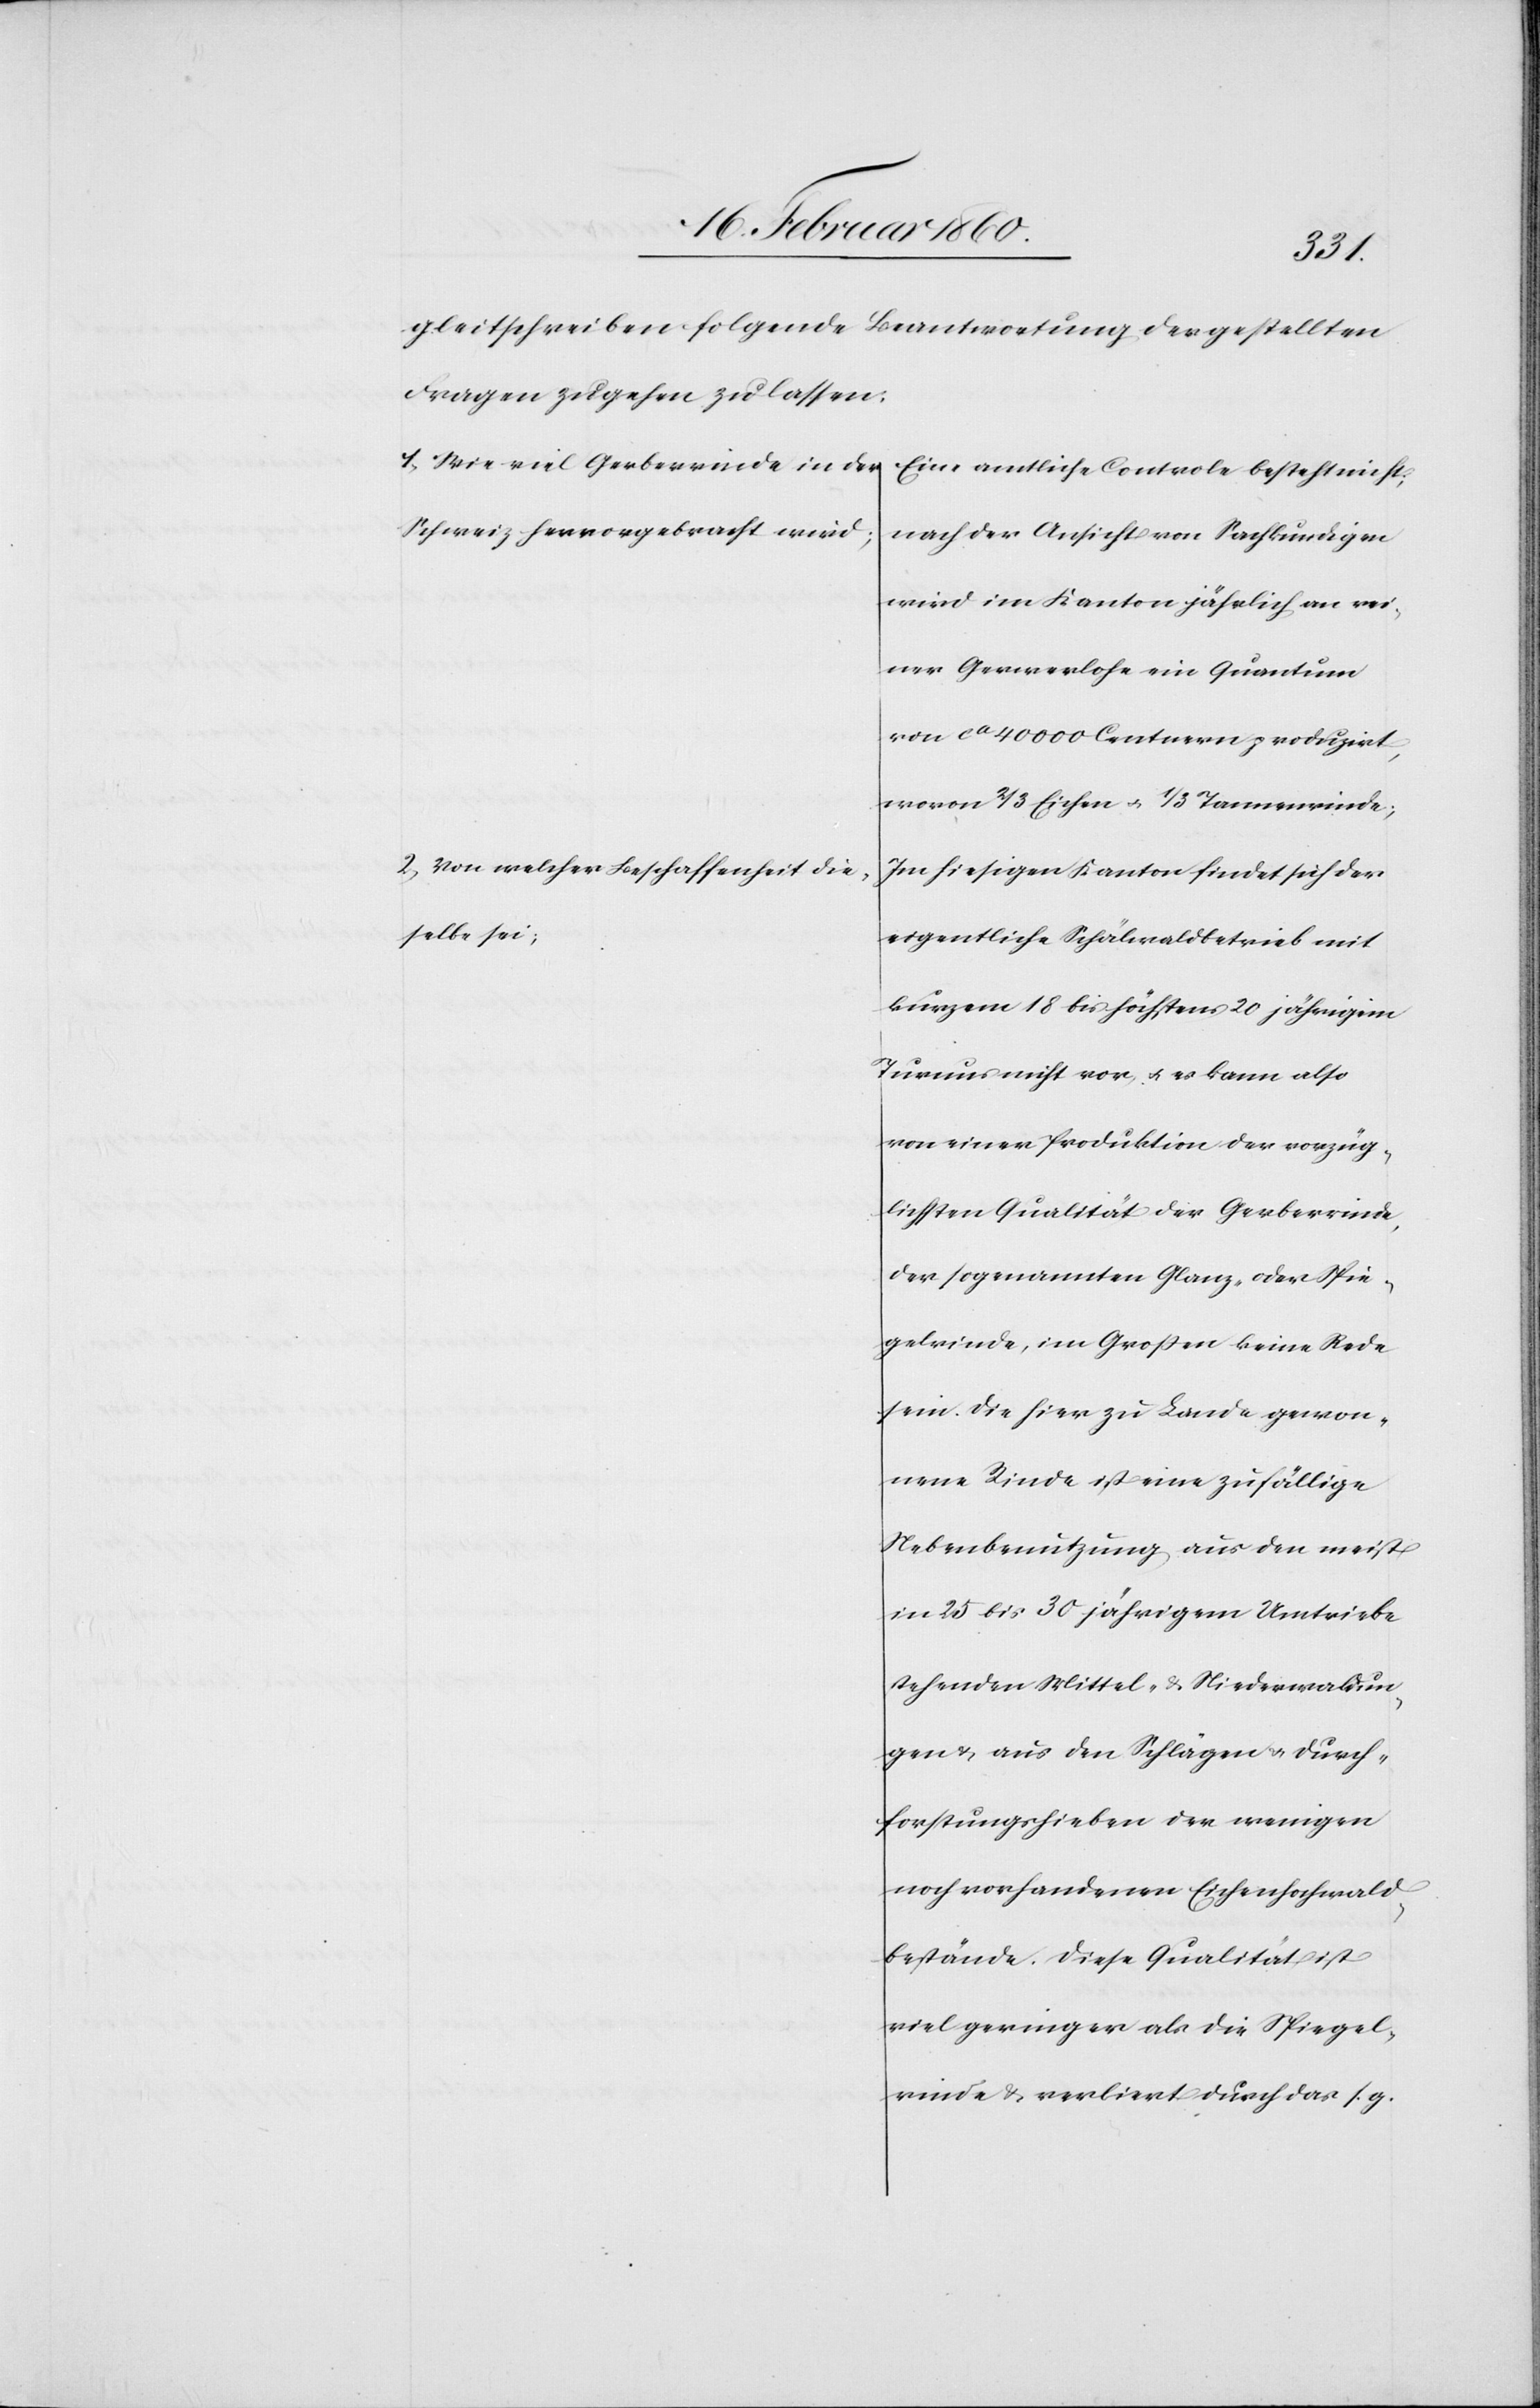
gleitschreiben folgende Beantwortung der gestellten
Fragen zu gehen zu lassen:
1. Wie viel Gerberrind ein der
Eine amtliche Controle besteht nicht,
Schweiz hervorgebracht wird;
nach der Ansicht von Sachkundigen
wird im Kanton jährlich an rei¬
ner Ger[b]erlohe ein Quantum
von ca 40 000 Centnern produzirt,
wovon 2/3 Wichen u. 1/3 Tannenrinde;
2. von welcher Beschaffenheit die¬
Im hiesigen Kanton findet sich der
selben sei;
eigentliche Schählbetrieb mit
kurzem 18 bis höchstens 20 jährigem
Turnus nicht vor u. es kann also
von einer Produktion der vorzüg¬
lichsten Qualität der Gerberrinde,
der sogenannten Glanz- oder Spie¬
gelrinde, im Grossen keine Rede
sein. Die hier zu Lande gewon¬
nene Rinde ist eine zufällige
Nebenbenutzung aus der meist
in 25 bis 30 jährigen Umtriebe
stehenden Mittel- u. Niedermaldun¬
gen u. aus den Schlägen u. Durch¬
forstungshieben der wenigen
noch vorhandenen Eichenlohewald¬
bestände. Diese Qualität ist
viel geringer als die Spiegel¬
rinde u. verliert durch das s. g.